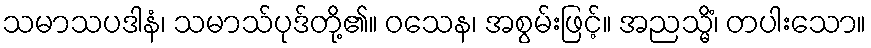
သမာသပဒါနံ၊ သမာသ်ပုဒ်တို့၏။ ဝသေန၊ အစွမ်းဖြင့်။ အညသ္မိံ၊ တပါးသော။